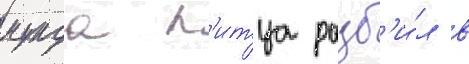
мунда п'итца разб'и́л в